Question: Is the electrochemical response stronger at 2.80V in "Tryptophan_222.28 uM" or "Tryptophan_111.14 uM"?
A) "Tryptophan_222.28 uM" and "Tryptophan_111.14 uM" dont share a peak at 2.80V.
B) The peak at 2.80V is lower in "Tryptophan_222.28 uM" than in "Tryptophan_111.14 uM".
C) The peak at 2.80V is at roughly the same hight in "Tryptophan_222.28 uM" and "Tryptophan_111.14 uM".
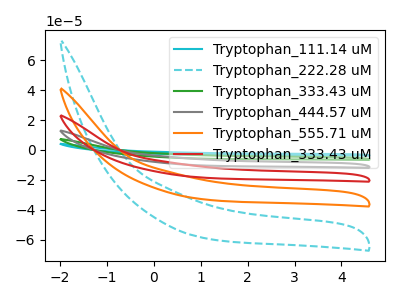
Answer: <think>The cyan curve "Tryptophan_111.14 uM" has no peaks. The cyan dashed curve "Tryptophan_222.28 uM" has no peaks. The green curve "Tryptophan_333.43 uM" has no peaks. The gray curve "Tryptophan_444.57 uM" has no peaks. The orange curve "Tryptophan_555.71 uM" has no peaks. The red curve "Tryptophan_333.43 uM" has no peaks.</think>
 <answer>A) "Tryptophan_222.28 uM" and "Tryptophan_111.14 uM" dont share a peak at 2.80V.</answer>
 <eval>A</eval>